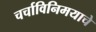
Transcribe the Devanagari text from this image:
चर्चाविनिमयाचे